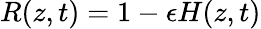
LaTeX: R(z,t)=1-\epsilon H(z,t)